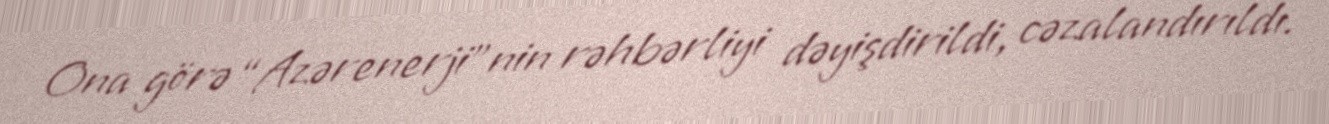
Ona görə “Azərenerji”nin rəhbərliyi dəyişdirildi, cəzalandırıldı.